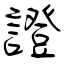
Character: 證